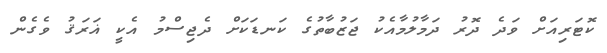
ކޮޓަރިއަށް ވަދެ ދޮރު ދަމާލުމާއެކު ޖަޒުބާތުގެ ކަނޑަކަށް ދެޖިސްމު އެކީ ޣަރަޤު ވެގެން